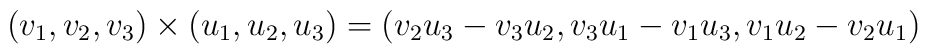
(v_1,v_2,v_3)\times(u_1,u_2,u_3) = (v_2u_3-v_3u_2,v_3u_1-v_1u_3,v_1u_2-v_2u_1)